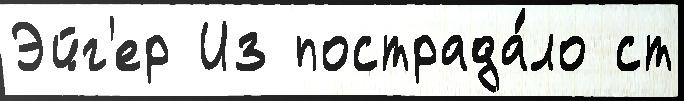
Эйг'ер Из пострада́ло ст